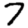
Digit: 7